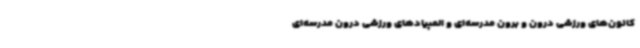
کانون‌های ورزشی درون و برون مدرسه‌ای و المپیادهای ورزشی درون مدرسه‌ای